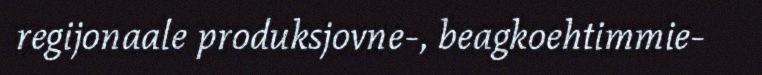
regijonaale produksjovne-, beagkoehtimmie-